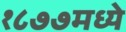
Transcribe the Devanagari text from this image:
१८७७मध्ये